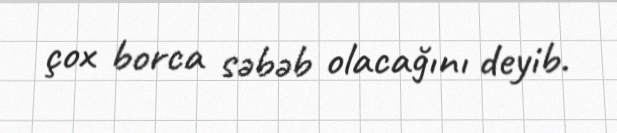
çox borca səbəb olacağını deyib.